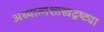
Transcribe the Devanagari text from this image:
अध्यात्मशास्त्रदृष्ट्या